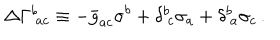
\Delta \Gamma _ { \ a c } ^ { b } \equiv - \bar { g } _ { a c } \sigma ^ { b } + \delta _ { \ c } ^ { b } \sigma _ { a } + \delta _ { \ a } ^ { b } \sigma _ { c } \, .